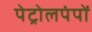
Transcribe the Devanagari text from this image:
पेट्रोलपंपों